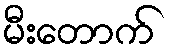
မီးတောက်